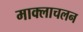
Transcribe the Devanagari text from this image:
माक्लाचलन